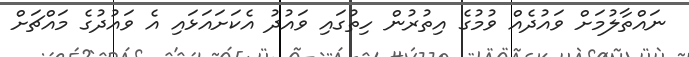
ނައްތާލުމަށް ވައުދެއް ވުމުގެ އިތުރުން ހިތުގައި ވައުދު އެކަށައަޅައި އެ ވައުދުގެ މައްޗަށް